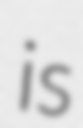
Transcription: is